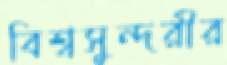
বিশ্বসুন্দরীর